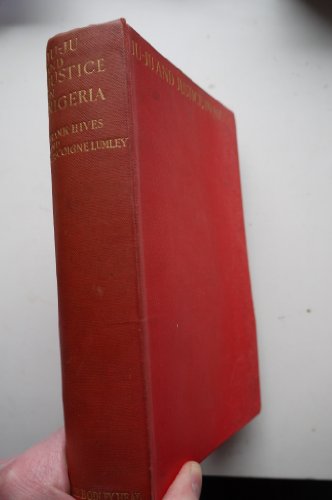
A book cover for Ju-ju and justice in Nigeria; Frank Hives; Travel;